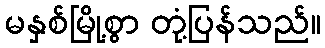
မနှစ်မြို့စွာ တုံ့ပြန်သည်။